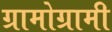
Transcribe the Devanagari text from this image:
ग्रामोग्रामी